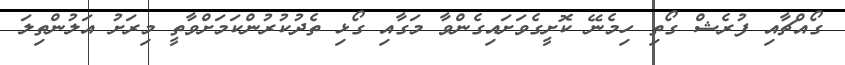
ގޯއްޗާއި ފުރެޝް ގޯތި ހިމެނޭ ކޮށީގެވަށައިގެންވާ މަގާއި ގޯޅި ތެދުކުރުންކަމަށްވާތީ މިރަށު އަލުންތިލަ